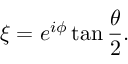
\xi = e ^ { i \phi } \tan { \frac { \theta } { 2 } } .